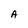
Character: A